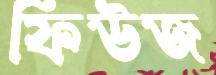
ফিউজ